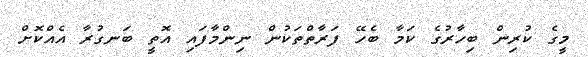
މީގެ ކުރިން ބިހާރުގެ ކަމާ ބެހޭ ފަރާތްތަކުން ނިންމާފައި އޮތީ ބަނގުރާ އެއްކޮށް